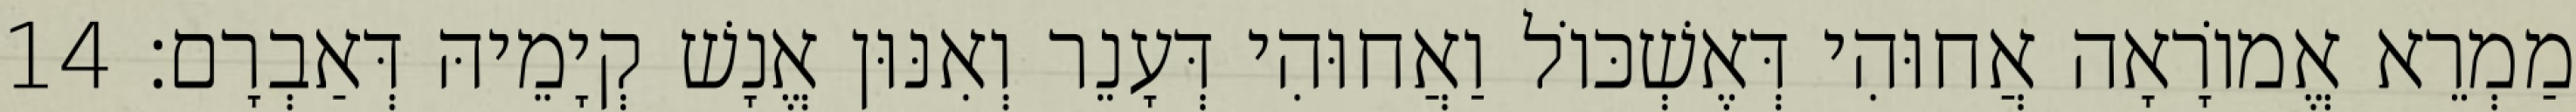
מַמְרֵא אֱמוֹרָאָה אֲחוּהִי דְּאֶשְׁכּוֹל וַאֲחוּהִי דְּעָנֵר וְאִנּוּן אֱנָשׁ קְיָמֵיהּ דְּאַבְרָם׃ 14